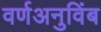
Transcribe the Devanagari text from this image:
वर्णअनुविंब